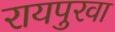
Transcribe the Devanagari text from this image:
रायपुरवा